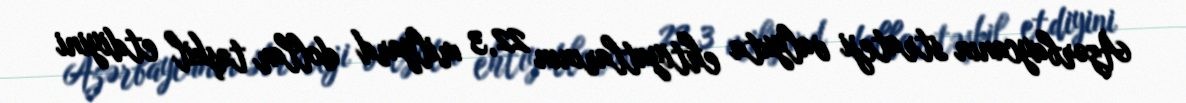
Azərbaycanın strateji valyuta ehtiyatlarının 22,3 milyard dollar təşkil etdiyini